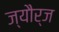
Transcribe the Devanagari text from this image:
ज्यौर्ज